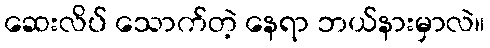
ဆေးလိပ် သောက်တဲ့ နေရာ ဘယ်နားမှာလဲ။